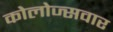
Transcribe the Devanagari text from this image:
कोलोज्सवार